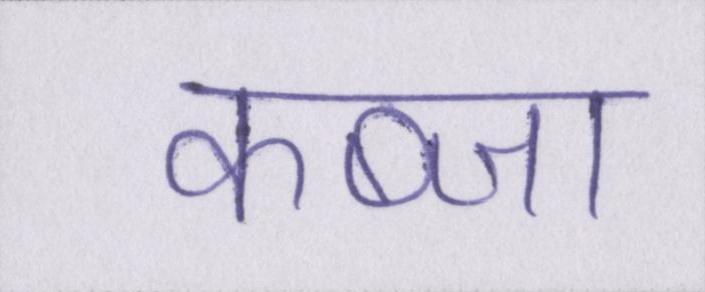
कब्जा